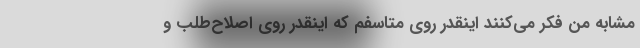
مشابه من فکر می‌کنند اینقدر روی متاسفم که اینقدر روی اصلاح‌طلب و